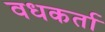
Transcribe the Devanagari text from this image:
वधकर्ता